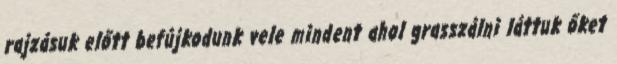
rajzásuk előtt befújkodunk vele mindent ahol grasszálni láttuk őket